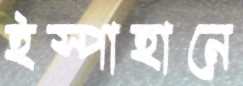
ইস্পাহানে